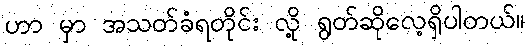
ဟာ မှာ အသတ်ခံရတိုင်း လို့ ရွတ်ဆိုလေ့ရှိပါတယ်။